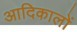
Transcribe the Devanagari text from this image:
आदिकालों